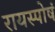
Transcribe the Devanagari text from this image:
रायस्पोषं